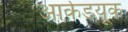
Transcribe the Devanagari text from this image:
आर्कडयूक